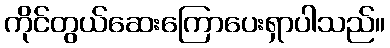
ကိုင်တွယ်ဆေးကြောပေးရှာပါသည်။